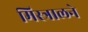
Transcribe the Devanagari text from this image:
मिस्त्रालने